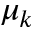
\mu _ { k }